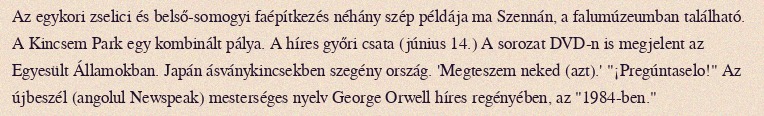
Az egykori zselici és belső-somogyi faépítkezés néhány szép példája ma Szennán, a falumúzeumban található. A Kincsem Park egy kombinált pálya. A híres győri csata (június 14.) A sorozat DVD-n is megjelent az Egyesült Államokban. Japán ásványkincsekben szegény ország. 'Megteszem neked (azt).' "¡Pregúntaselo!" Az újbeszél (angolul Newspeak) mesterséges nyelv George Orwell híres regényében, az "1984-ben."